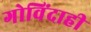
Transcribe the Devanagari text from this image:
गोविंदाही